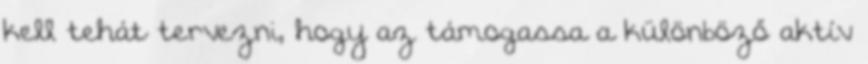
kell tehát tervezni, hogy az támogassa a különböző aktív